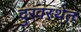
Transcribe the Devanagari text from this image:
दुरवस्थेत